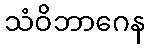
သံဝိဘာဂေန